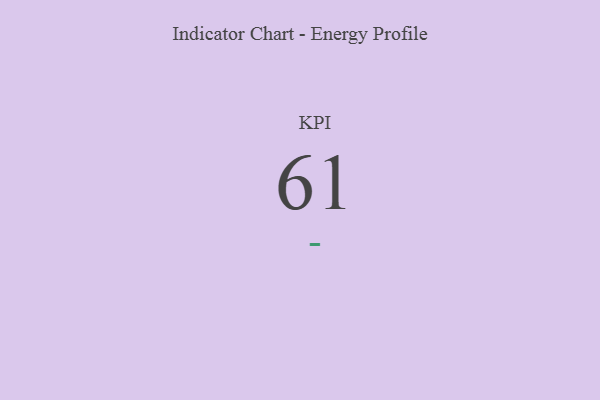
{"axis": {"x": "KPI", "y": "Value"}, "legend": [""], "data": [{"x": "KPI", "y": 61, "type": ""}]}